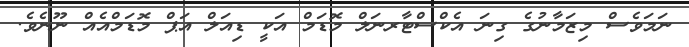
ނަމަވެސް މިޒަމާނުގެ ގިނަ އެކްސްޓާރނަލް މޮޑަމް އަކީ ޑިއަލް އަޕް މޮޑަމްއެއް ނޫނެވެ.